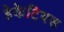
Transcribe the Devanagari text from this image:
हेकेटियस